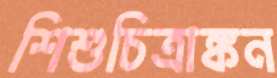
শিশুচিত্রাঙ্কন